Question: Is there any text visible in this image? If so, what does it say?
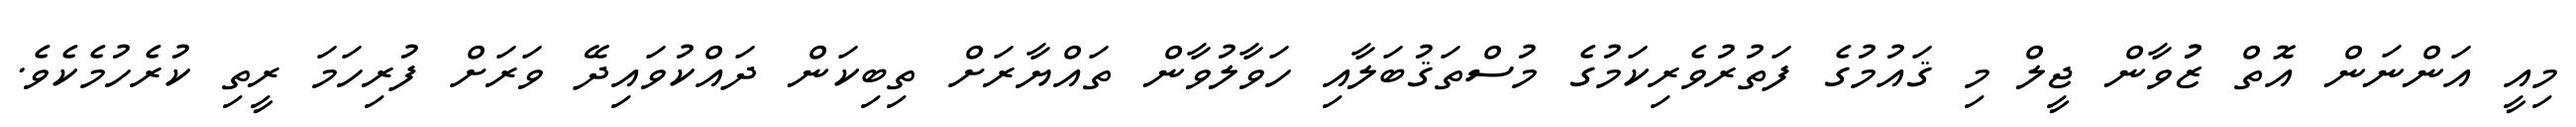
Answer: މިއީ އަންނަން އޮތް ޒުުވާން ޖީލް މި ޤައުމުގެ ފަތުރުވެރިކަމުގެ މުސްތަޤުބަލާއި ހަވާލުވާން ތައްޔާރަށް ތިބިކަން ދައްކުވައިދޭ ވަރަށް ފުރިހަމަ ރީތި ކުރެހުމެކެވެ.